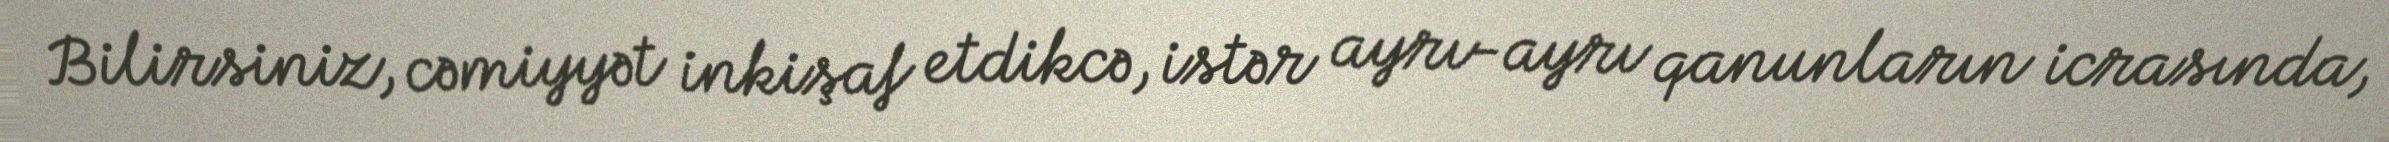
Bilirsiniz, cəmiyyət inkişaf etdikcə, istər ayrı-ayrı qanunların icrasında,